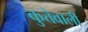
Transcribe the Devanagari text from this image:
कुत्तेवाली